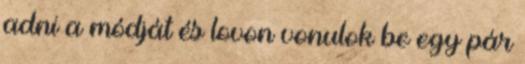
adni a módját és lovon vonulok be egy pár